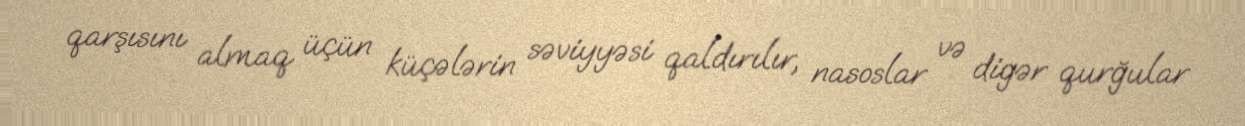
qarşısını almaq üçün küçələrin səviyyəsi qaldırılır, nasoslar və digər qurğular